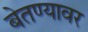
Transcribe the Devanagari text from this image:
बेतण्यावर